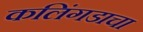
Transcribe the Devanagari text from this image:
कलिंगडाचा